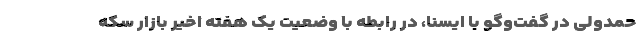
حمدولی در گفت‌وگو با ایسنا، در رابطه با وضعیت یک هفته اخیر بازار سکه